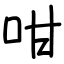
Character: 咁